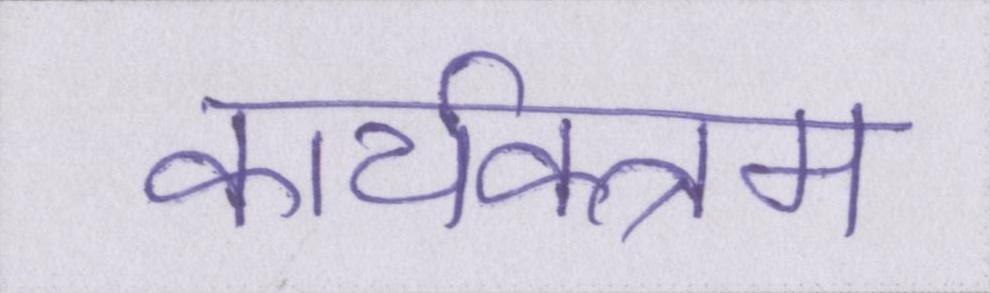
कार्यक्त्रम